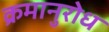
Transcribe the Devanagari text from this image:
क्रमानुरोध